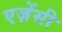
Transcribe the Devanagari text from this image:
एज़ेंसी